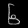
Digit: ၆